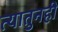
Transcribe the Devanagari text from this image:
त्यातुनही